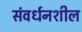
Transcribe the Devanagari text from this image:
संवर्धनशील